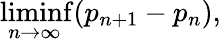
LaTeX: \operatorname*{liminf}_{n\to\infty}(p_{n+1}-p_{n}),